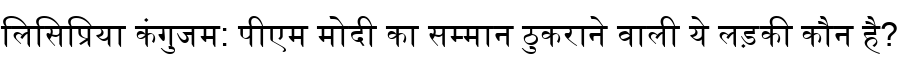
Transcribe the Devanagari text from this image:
लिसिप्रिया कंगुजम: पीएम मोदी का सम्मान ठुकराने वाली ये लड़की कौन है?